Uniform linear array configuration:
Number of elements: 8
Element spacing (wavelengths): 0.5
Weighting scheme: blackman
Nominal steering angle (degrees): -30
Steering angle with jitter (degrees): -28.397
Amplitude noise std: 0.05
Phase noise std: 0.05

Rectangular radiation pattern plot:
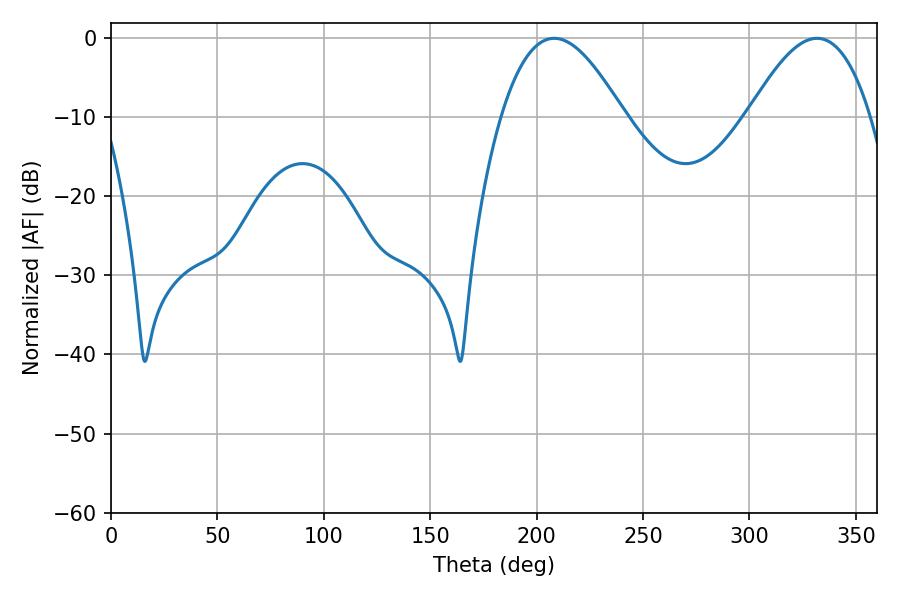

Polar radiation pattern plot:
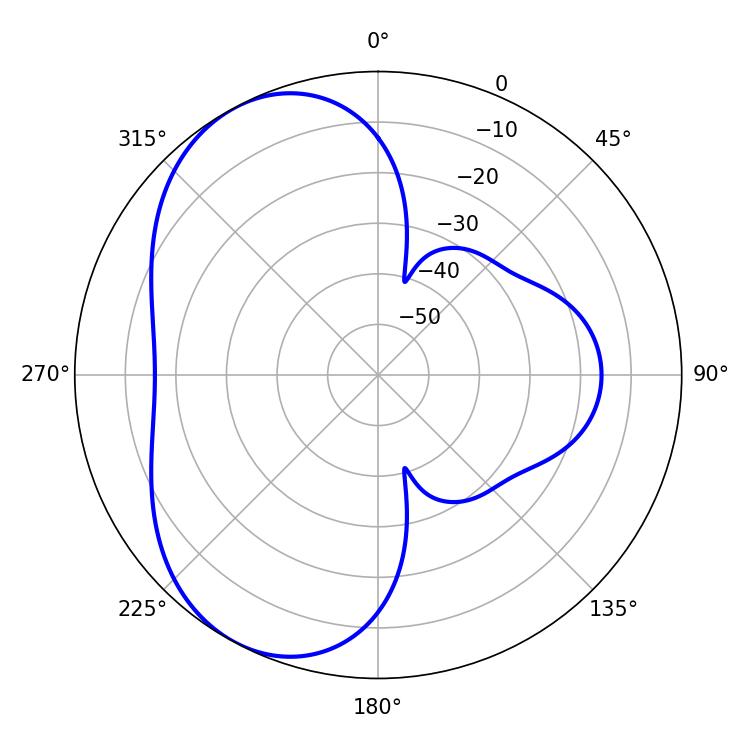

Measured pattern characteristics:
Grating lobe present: FALSE
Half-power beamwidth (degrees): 31.32
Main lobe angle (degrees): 208.26